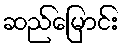
ဆည်မြောင်း